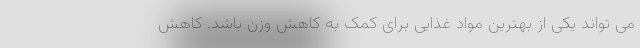
می تواند یکی از بهترین مواد غذایی برای کمک به کاهش وزن باشد. کاهش